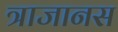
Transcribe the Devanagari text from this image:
त्राजानस